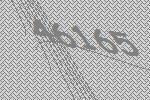
46165